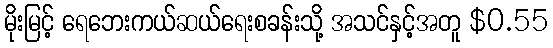
မိုးမြင့် ရေဘေးကယ်ဆယ်ရေးစခန်းသို့ အသင်နှင့်အတူ $0.55